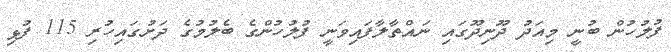
ފުލުހުން ބުނީ މިއަދު ދޫނިދޫގައި ނައްތާލާފައިވަނީ ފުލުހުންގެ ބެލުމުގެ ދަށުގައިހުރި 115 ފުޅި